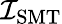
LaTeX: \mathcal{I}_{\mathrm{{SMT}}}